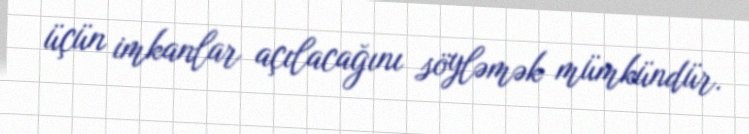
üçün imkanlar açılacağını söyləmək mümkündür.